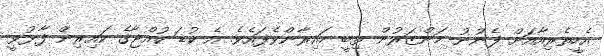
އެހީތެރިއާއަށް ފެނުނު މަންޒަރުން ތިބީ ހައިރާންވެފައެވެ. އެ ކުޑަ ކުއްޖާގެ ކައިރިން ފާޅުވީ